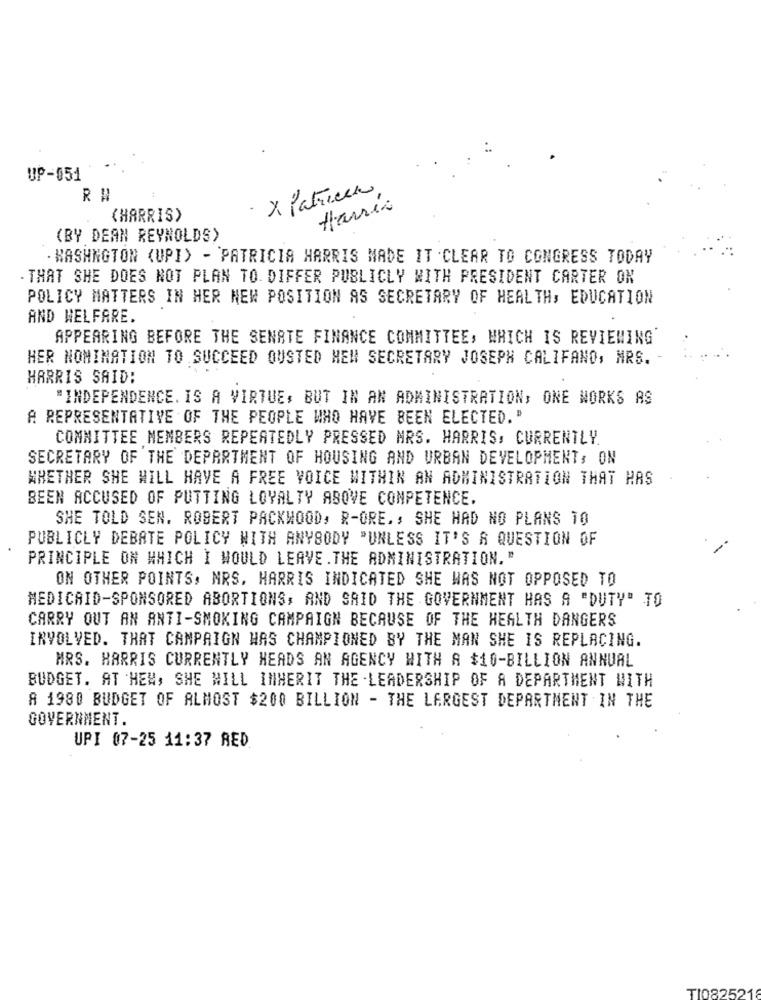
UP-051
· x Patricen,
farris
(HARRIS)
(BY DEAN REYNOLDS)
. WASHINGTON <UPI> - PATRICIA HARRIS MADE IT CLEAR TO CONGRESS TODAY
THAT SHE DOES NOT PLAN TO DIFFER PUBLICLY WITH PRESIDENT CARTER ON
POLICY MATTERS IN HER NEW POSITION AS SECRETARY OF HEALTH, EDUCATION
AND WELFARE.
APPEARING BEFORE THE SENATE FINANCE COMMITTEE, WHICH IS REVIEWING
HER NOMINATION TO SUCCEED OUSTED HEM SECRETARY JOSEPH CALIFANO, MRS.
HARRIS SAID:
"INDEPENDENCE. IS A VIRTUE, BUT IN AN ADMINISTRATION, ONE WORKS AS
A REPRESENTATIVE OF THE PEOPLE WHO HAVE BEEN ELECTED."
COMMITTEE MEMBERS REPEATEDLY PRESSED MRS. HARRIS, CURRENTLY.
SECRETARY OF THE DEPARTMENT OF HOUSING AND URBAN DEVELOPMENT, ON
WHETHER SHE WILL HAVE A FREE VOICE WITHIN AN ADMINISTRATION THAT HAS
BEEN ACCUSED OF PUTTING LOYALTY ABOVE COMPETENCE.
SHE TOLD SEN. ROBERT PACKWOOD, R-ORE. , SHE HAD NO PLANS TO
PUBLICLY DEBATE POLICY WITH ANYBODY "UNLESS IT'S A QUESTION OF
PRINCIPLE ON WHICH I WOULD LEAVE. THE ADMINISTRATION."
ON OTHER POINTS, MRS. HARRIS INDICATED SHE WAS NOT OPPOSED TO
MEDICAID-SPONSORED ABORTIONS, AND SAID THE GOVERNMENT HAS A "DUTY" TO
CARRY OUT AN ANTI-SMOKING CAMPAIGN BECAUSE OF THE HEALTH DANGERS
INVOLVED. THAT CAMPAIGN WAS CHAMPIONED BY THE MAN SHE IS REPLACING.
MRS. HARRIS CURRENTLY HEADS AN AGENCY WITH A $10-BILLION ANNUAL
BUDGET. AT HEN, SHE WILL INHERIT THE . LEADERSHIP OF A DEPARTMENT WITH
A 1980 BUDGET OF ALMOST $200 BILLION - THE LARGEST DEPARTMENT IN THE
GOVERNMENT.
UPI 07-25 11:37 RED
TI082521